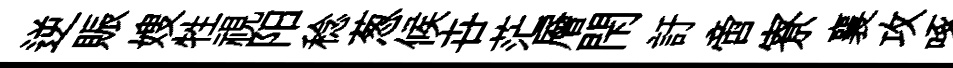
逆賑嫂牲視阳稔葱候卋茫層閇訏啻寮襄攻啄